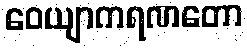
ဝေယျာကရဏတော